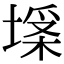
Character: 𡏪